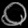
Digit: ၀